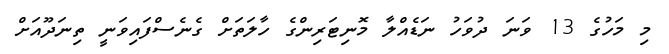
މި މަހުގެ 13 ވަނަ ދުވަހު ނަޑެއްލާ މޮނިޓަރިންގެ ހާލަތަށް ގެނެސްފައިވަނީ ތިނަދޫއަށް